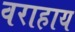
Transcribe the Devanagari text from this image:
वराहाय